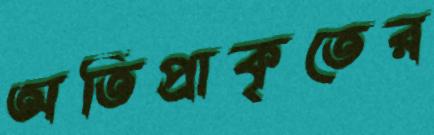
অতিপ্রাকৃতের